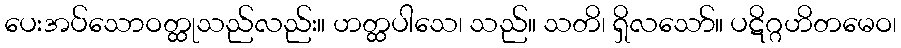
ပေးအပ်သောဝတ္ထုသည်လည်း။ ဟတ္ထပါသေ၊ သည်။ သတိ၊ ရှိလသော်။ ပဋိဂ္ဂဟိတမေဝ၊